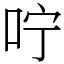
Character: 咛